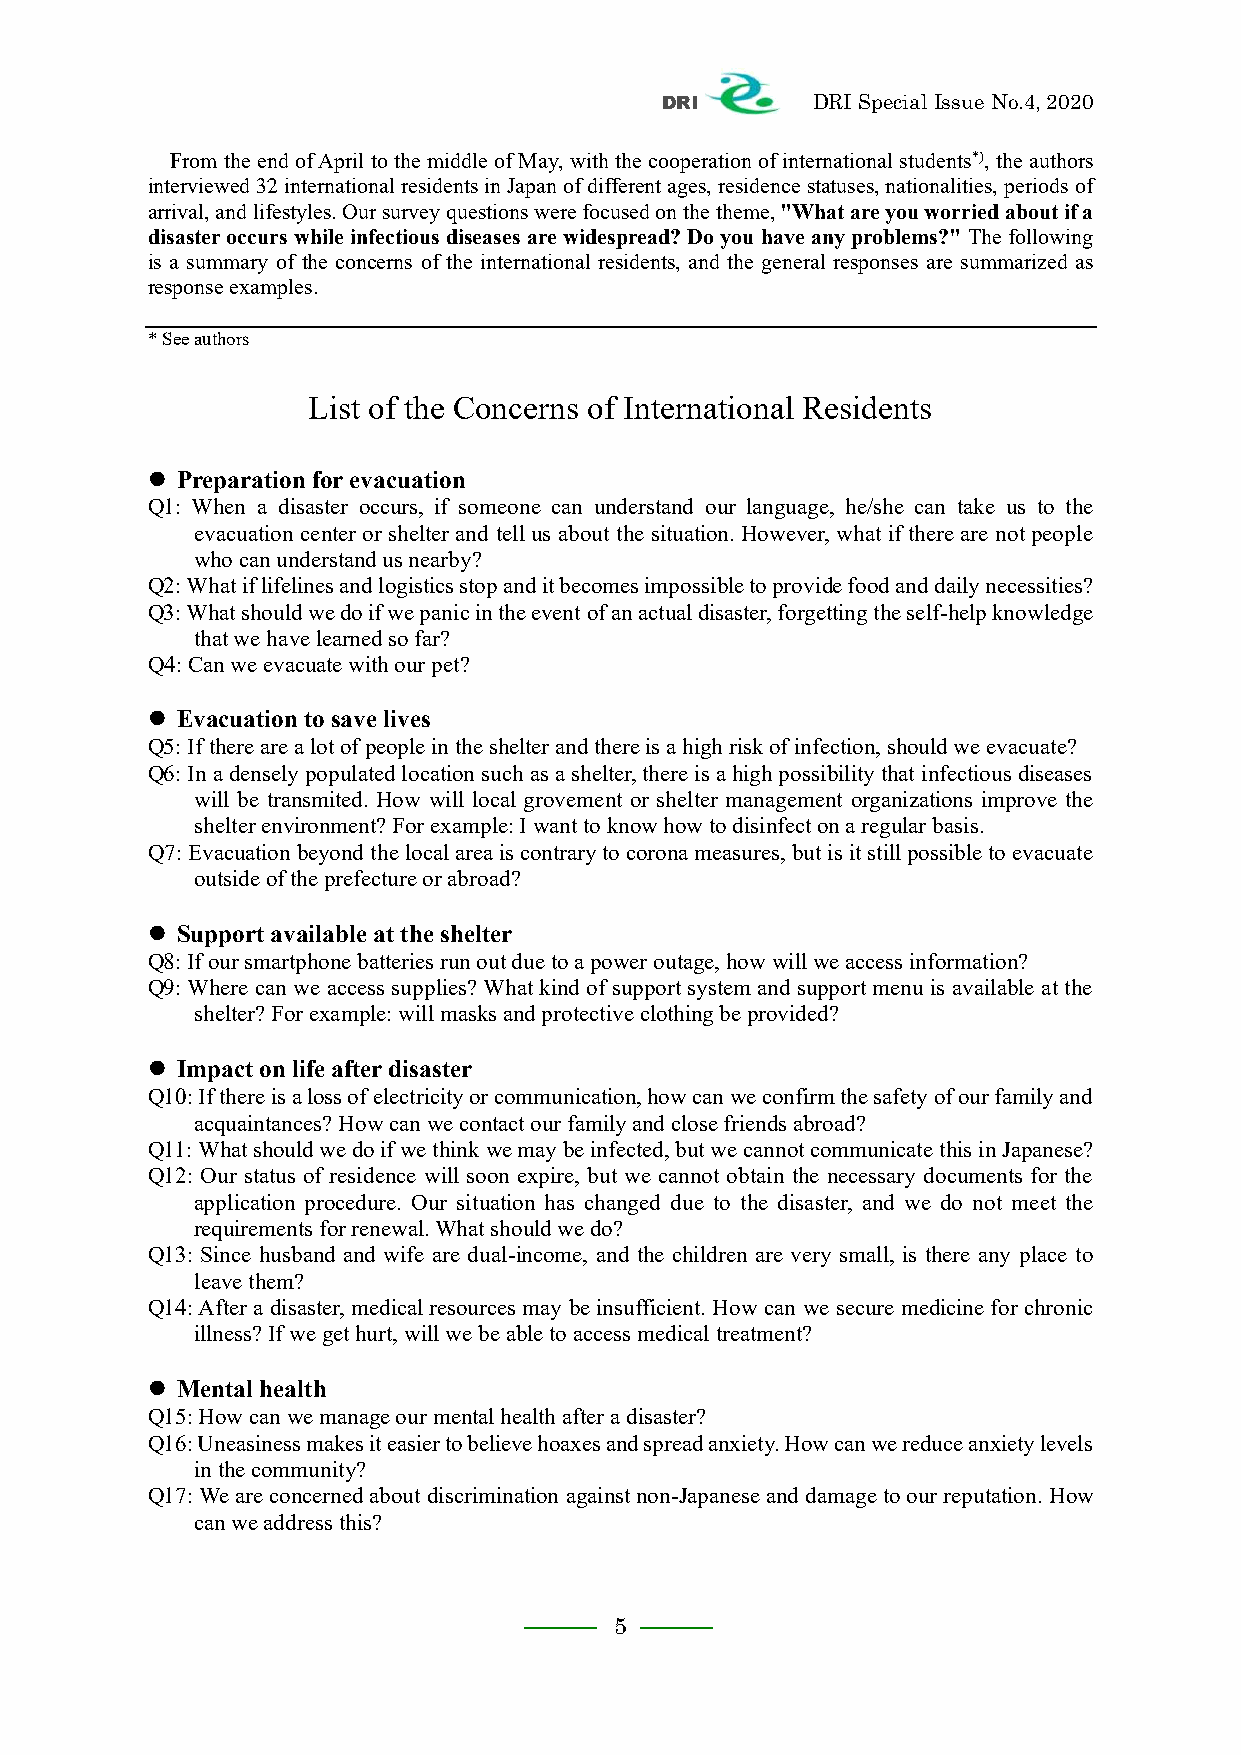
DRI       DRI Special Issue No.4, 2020
 From the end of April to the middle of May, with the cooperation of international students*), the authors
 interviewed 32 international residents in Japan of different ages, residence statuses, nationalities, periods of
 arrival, and lifestyles. Our survey questions were focused on the theme, "What are you worried about if a
 disaster occurs while infectious diseases are widespread? Do you have any problems?" The following
 is a summary of the concerns of the international residents, and the general responses are summarized as
 response examples.
 * See authors
 List of the Concerns of International Residents
 ⚫ Preparation for evacuation
 Q1: When a disaster occurs, if someone can understand our language, he/she can take us to the
 evacuation center or shelter and tell us about the situation. However, what if there are not people
 who can understand us nearby?
 Q2: What if lifelines and logistics stop and it becomes impossible to provide food and daily necessities?
 Q3: What should we do if we panic in the event of an actual disaster, forgetting the self-help knowledge
 that we have learned so far?
 Q4: Can we evacuate with our pet?
 ⚫ Evacuation to save lives
 Q5: If there are a lot of people in the shelter and there is a high risk of infection, should we evacuate?
 Q6: In a densely populated location such as a shelter, there is a high possibility that infectious diseases
 will be transmited. How will local grovement or shelter management organizations improve the
 shelter environment? For example: I want to know how to disinfect on a regular basis.
 Q7: Evacuation beyond the local area is contrary to corona measures, but is it still possible to evacuate
 outside of the prefecture or abroad?
 ⚫ Support available at the shelter
 Q8: If our smartphone batteries run out due to a power outage, how will we access information?
 Q9: Where can we access supplies? What kind of support system and support menu is available at the
 shelter? For example: will masks and protective clothing be provided?
 ⚫ Impact on life after disaster
 Q10: If there is a loss of electricity or communication, how can we confirm the safety of our family and
 acquaintances? How can we contact our family and close friends abroad?
 Q11: What should we do if we think we may be infected, but we cannot communicate this in Japanese?
 Q12: Our status of residence will soon expire, but we cannot obtain the necessary documents for the
 application procedure. Our situation has changed due to the disaster, and we do not meet the
 requirements for renewal. What should we do?
 Q13: Since husband and wife are dual-income, and the children are very small, is there any place to
 leave them?
 Q14: After a disaster, medical resources may be insufficient. How can we secure medicine for chronic
 illness? If we get hurt, will we be able to access medical treatment?
 ⚫ Mental health
 Q15: How can we manage our mental health after a disaster?
 Q16: Uneasiness makes it easier to believe hoaxes and spread anxiety. How can we reduce anxiety levels
 in the community?
 Q17: We are concerned about discrimination against non-Japanese and damage to our reputation. How
 can we address this?
 5